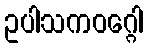
ဥပါသကဝဂ္ဂေါ